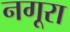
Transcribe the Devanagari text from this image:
नगूरा